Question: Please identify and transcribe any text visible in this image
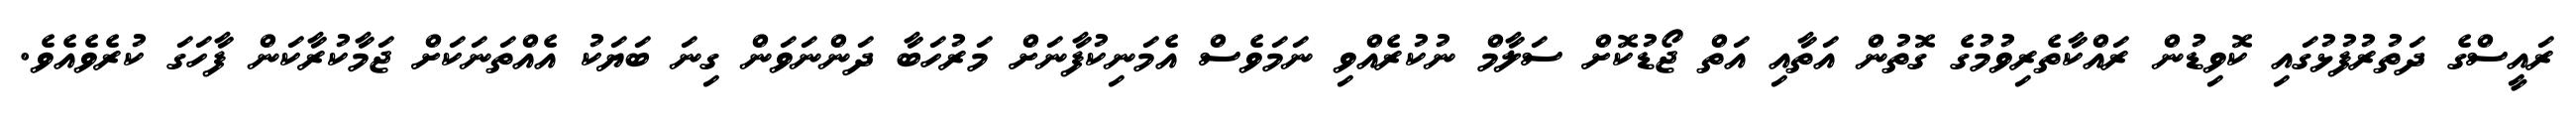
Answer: ރައީސްގެ ދަތުރުފުޅުގައި ކޮވިޑުން ރައްކާތެރިވުމުގެ ގޮތުން އަތާއި އަތް ޖޯޑުކޮށް ސަލާމް ނުކުރެއްވި ނަމަވެސް އެމަނިކުފާނަށް މަރުހަބާ ދަންނަވަން ގިނަ ބަޔަކު އެއްތަނަކަށް ޖަމާކުރާކަން ފާހަގަ ކުރެވެއެވެ.